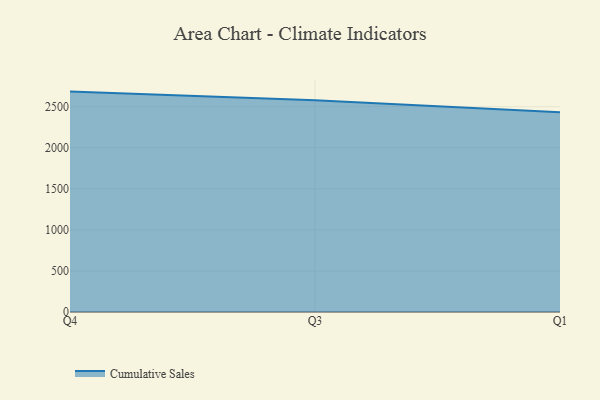
{"axis": {"x": "Quarter", "y": "Net Income (USD K)"}, "legend": ["Cumulative Sales"], "data": [{"x": "Q4", "y": 2683.7, "type": "Cumulative Sales"}, {"x": "Q3", "y": 2577.2, "type": "Cumulative Sales"}, {"x": "Q1", "y": 2433.2, "type": "Cumulative Sales"}]}